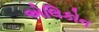
એલિકોન